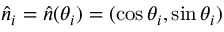
\hat { n } _ { i } = \hat { n } ( \theta _ { i } ) = ( \cos { \theta _ { i } } , \sin { \theta _ { i } } )